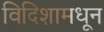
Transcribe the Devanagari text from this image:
विदिशामधून